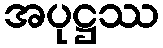
အပုဋ္ဌဿ